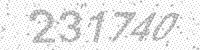
Solution: 231740